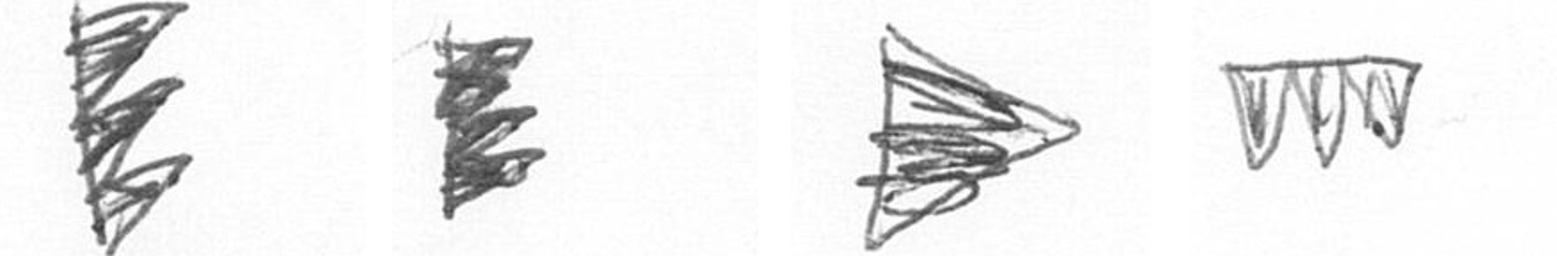
H H T L